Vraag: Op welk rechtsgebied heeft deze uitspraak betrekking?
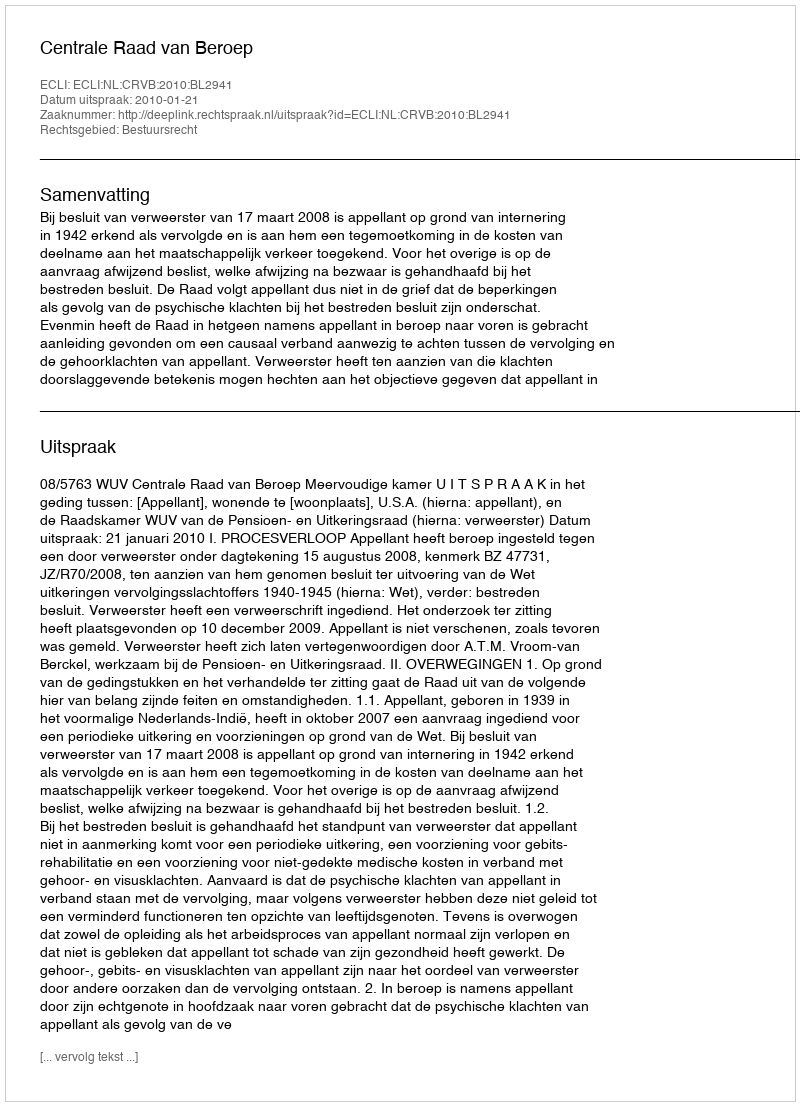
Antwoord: Bestuursrecht